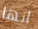
انها